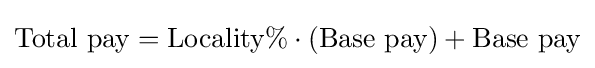
{\text{Total pay}}={\text{Locality}}\%\cdot ({\text{Base pay}})+{\text{Base pay}}